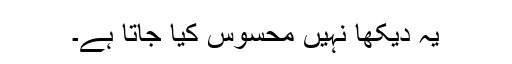
یہ دیکھا نہیں محسوس کیا جاتا ہے۔